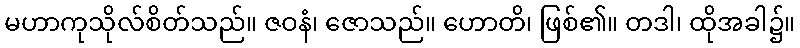
မဟာကုသိုလ်စိတ်သည်။ ဇဝနံ၊ ဇောသည်။ ဟောတိ၊ ဖြစ်၏။ တဒါ၊ ထိုအခါ၌။